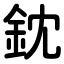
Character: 鈂